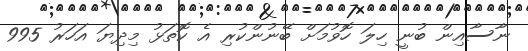
ނާސާއިން ބުނީ ހިލަ ހޮވުމަށް ބޭނުންކުރި އެ ކޮތަޅު މިދިޔަ އަހަރު 995